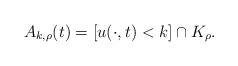
LaTeX: \begin{align*}A_{k,\rho}(t) = [u(\cdot,t) < k] \cap K_{\rho}.\end{align*}